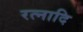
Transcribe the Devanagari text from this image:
रत्नादि